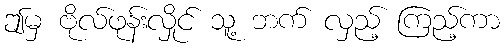
ဤမှ ဗိုလ်ဖုန်းလှိုင် သူ့ ဘက် လှည့် ကြည့်ကာ